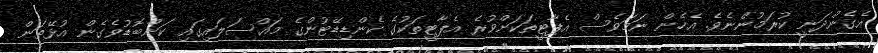
އެގެންދަނީ ކުރަމުންނެވެ. އެހެން ނަމަވެސް އެޕާޓީތަކަށްވުރެ އެޕާޓީތަކުގެ ކެންޑިޑޭޓުންގެ މައްސަލައިގައި ކަންބޮޑުވެގެން އުޅޭތަން